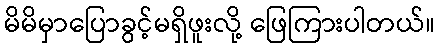
မိမိမှာပြောခွင့်မရှိဖူးလို့ ဖြေကြားပါတယ်။